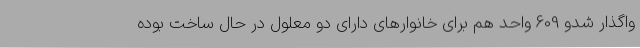
واگذار شدو 609 واحد هم برای خانوارهای دارای دو معلول در حال ساخت بوده